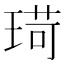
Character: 𪻸